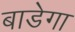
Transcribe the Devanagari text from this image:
बाडेगा